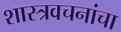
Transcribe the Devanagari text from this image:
शास्त्रवचनांचा